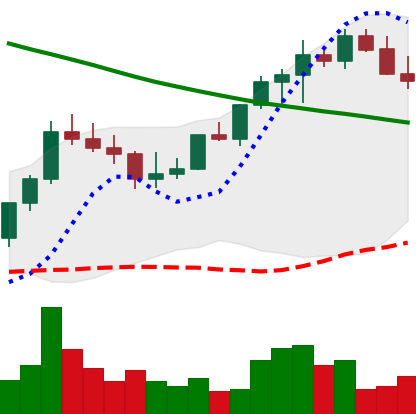
Ticker: LINK-USD
Chart end date: 2022-08-15
Forward return: -20.255%
Label: down_7plus